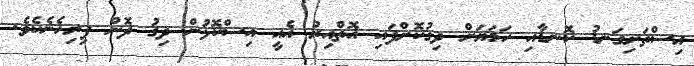
އިސްތަށިގަނޑު ކޮނޑާއި ހަމަޔަށް ދިގުކޮށްފައި އޮތްއިރު އެއީ އިސްކޮޅުން ދިގު ދޮން ފިރިހެނެކެވެ.